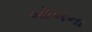
બોબના